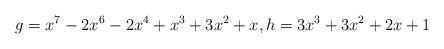
LaTeX: \begin{align*} g= x^7 - 2x^6 - 2x^4 + x^3 + 3x^2 + x, h= 3x^3 + 3x^2 + 2x + 1\end{align*}